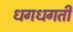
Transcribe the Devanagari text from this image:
धगधगती